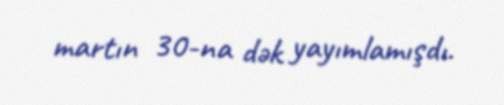
martın 30-na dək yayımlamışdı.